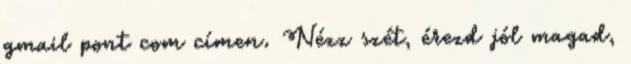
gmail pont com címen. Nézz szét, érezd jól magad,